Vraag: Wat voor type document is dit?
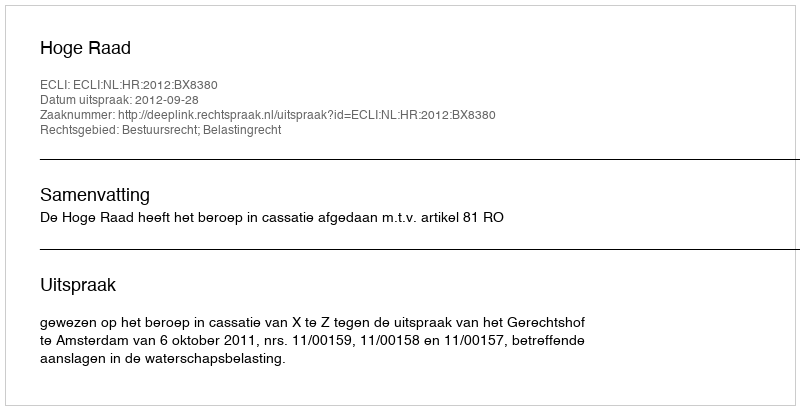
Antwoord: Uitspraak